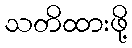
သတိထားဖို့